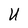
Character: U